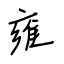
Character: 雍